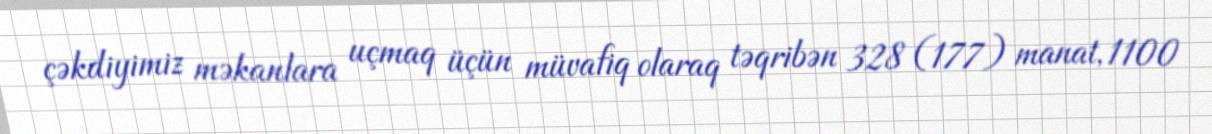
çəkdiyimiz məkanlara uçmaq üçün müvafiq olaraq təqribən 328 (177) manat, 1100